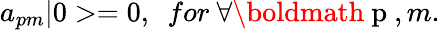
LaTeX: a_{pm}|0>=0,\ \ for\ \forall\mathrm{\boldmath~p~},m.